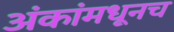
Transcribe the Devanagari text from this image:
अंकांमधूनच